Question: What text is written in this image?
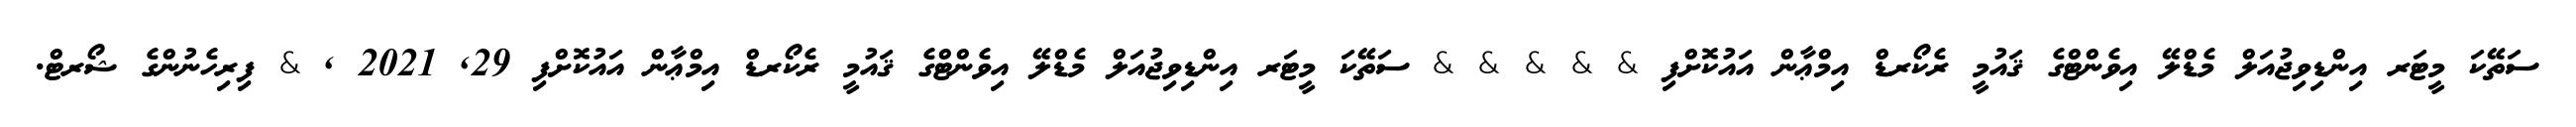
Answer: ސަތޭކަ މީޓަރ އިންޑިވިޖުއަލް މެޑްލޭ އިވެންޓްގެ ޤައުމީ ރެކޯރޑް އިމްޢާން އައުކޮށްފި & & & & & ސަތޭކަ މީޓަރ އިންޑިވިޖުއަލް މެޑްލޭ އިވެންޓްގެ ޤައުމީ ރެކޯރޑް އިމްޢާން އައުކޮށްފި 29, 2021 , & ފިރިހެނުންގެ ޝޯރޓް.